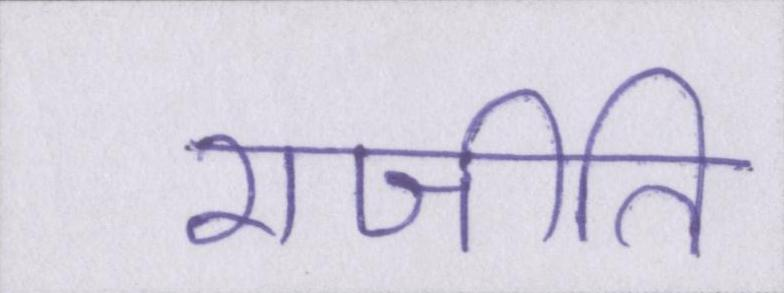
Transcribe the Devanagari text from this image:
राजीति